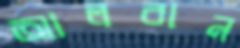
আলবান